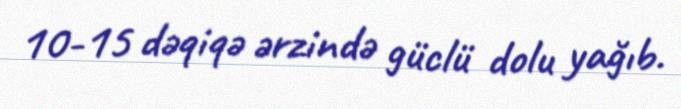
10-15 dəqiqə ərzində güclü dolu yağıb.